Indian Civil Veterinary Department memoirs
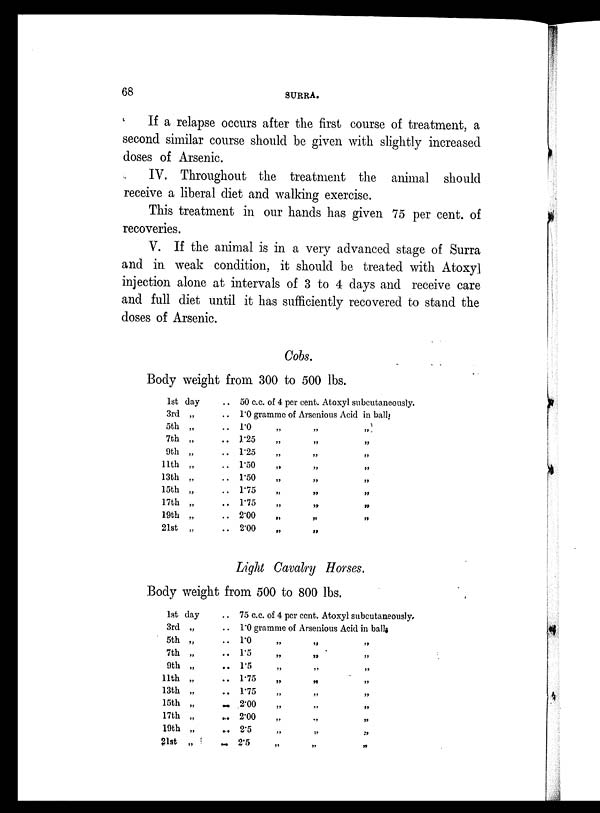
68
SURRA.
If a relapse occurs after the first course of treatment, a
second similar course should be given with slightly increased
doses of Arsenic.
IV. Throughout the treatment the animal should
receive a liberal diet and walking exercise.
This treatment in our hands has given 75 per cent. of
recoveries.
V. If the animal is in a very advanced stage of Surra
and in weak condition, it should be treated with Atoxyl
injection alone at intervals of 3 to 4 days and receive care
and full diet until it has sufficiently recovered to stand the
doses of Arsenic.
Cobs.
Body weight from 300 to 500 lbs.
1st day
3rd „ ..
5th „ ..
7th „ ..
9th „ ..
11th „ ..
13th „ ..
15th „ ..
17th „ ..
19th „ ..
21st „ ..
50 c.c. of 4 per cent. Atoxyl subcutaneously.
1.0 gramme of Arsenlous Acid in ball
1.0 „ „ „
1.25 „ „ „
1.25„ „ „
1.50 „ „ „
1.50 „ „ „
1.75 „ „ „
1.75 „ „ „
2.00 „ „ „
2.00 „ „ „
Light Cavalry Horses.
Body weight from 500 to 800 lbs.
1st day ..
3rd „ ..
5th „ ..
7th „ ..
9th „ ..
11th „ ..
13th „ ..
15th „ ..
17th „ ..
19th „ ..
21st „ ..
75 c.c. of 4 per cent. Atoxyl subcutaneously.
1.0 gramme of Arsenious Acid in balls
1.0 „ „ „
1.5 „ „ „
1.5 „ „ „
1.75 „ „ „
1.75 „ „ „
2.00 „ „ „
2.00 „ „ „
2.5 „ „ „
2.5 „ „ „